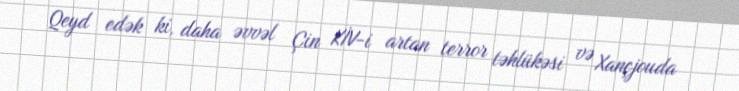
Qeyd edək ki, daha əvvəl Çin KİV-i artan terror təhlükəsi və Xançjouda